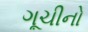
ગૂચીનો